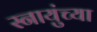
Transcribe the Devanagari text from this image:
स्नायुंच्या